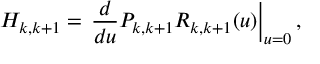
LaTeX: H _ { k , k + 1 } = \left. \frac { d } { d u } { \cal P } _ { k , k + 1 } R _ { k , k + 1 } ( u ) \right| _ { u = 0 } ,